system: You are a helpful assistant.
user:
Analyze the provided spectrum to determine if it is a **S-type Star**.

- **Key Indicators for S-type Star:**

    - **(Overall Spectrum Shape):** The first and most obvious characteristic is the overall continuum (the "baseline" shape). It is **extremely "red-sloping,"** meaning the flux (light intensity) is very low on the left side (blue, ~4000-4500 Å) and rises steeply and continuously toward the right side (red, ~7000 Å+).

    - **(Primary):** The spectrum is defined by the presence of strong, broad molecular absorption "valleys" (bands) from **Zirconium Oxide (ZrO)**. The identification of these bands is the **primary requirement** for classifying a star as S-type.
        - **(Key Bandheads):** You must find distinct, deep "dips" where the light has been absorbed. The most critical band systems to locate are:
            - **~6474 Å** ($\gamma$-system): This is often the strongest and clearest ZrO feature, found in the red part of the spectrum.
            - **~5718 Å** & **~5551 Å** ($\beta$-system): A pair of prominent absorption features in the yellow-orange part of the spectrum.
            - **~4640 Å** ($\alpha$-system): A key absorption band system in the blue-green region of the spectrum.

    - **(Secondary Confirmation):** The classification is strengthened by finding additional absorption bands from other related heavy element oxides, which are expected to be present alongside ZrO.
        - **(Key Bandheads):**
            - **Yttrium Oxide (YO):** Look for absorption dips near **~4800 Å** and **~6100 Å**.
            - **Lanthanum Oxide (LaO):** Additional absorption features, particularly in the red-orange part of the spectrum, are also characteristic.

    - **(Line Profile):** The combination of the steep red continuum and these numerous, deep molecular bands (ZrO, YO, etc.) gives the entire spectrum a very **"chopped-up"** or **"bumpy"** appearance. Instead of a smooth curve, the spectrum looks as though large, wide chunks of light have been "carved out" of it at the specific wavelengths listed above.

Think first, call **spectral_visualization_tool** if needed to examine features in detail, then provide your final answer. Your response must adhere to the following strict rules:
1.  **Overall Structure:** Your response must follow the format `<think>...</think> <tool_call>...</tool_call> (if a tool is used) <answer>...</answer>`.
2.  **Tool Usage Constraint:** You may only make **one** tool call per turn.
3.  **Final Answer Format:** In the `<answer>` tag, your conclusion must be inside a `\boxed{}` command (e.g., `\boxed{YES}` or `\boxed{NO}`), followed by your justification.

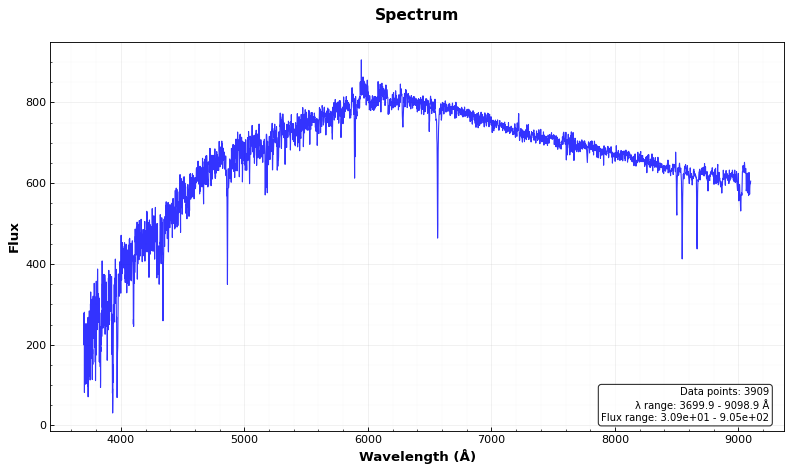
Answer: NO